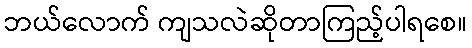
ဘယ်လောက် ကျသလဲဆိုတာကြည့်ပါရစေ။